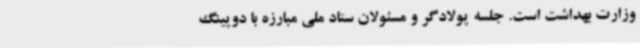
وزارت بهداشت است. جلسه پولادگر و مسئولان ستاد ملی مبارزه با دوپینگ